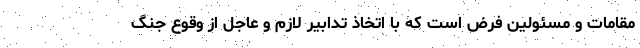
مقامات و مسئولین فرض است که با اتّخاذ تدابیر لازم و عاجل از وقوع جنگ